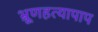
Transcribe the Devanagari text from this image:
भ्रूणहत्यापाप